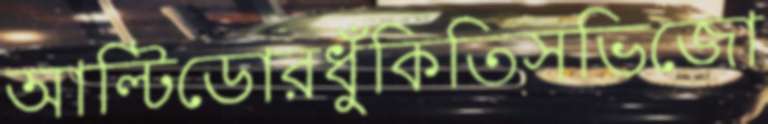
আল্টিডোরধুঁকিতিসভিজো